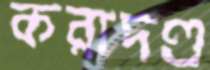
করাদণ্ড